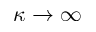
\kappa \rightarrow \infty